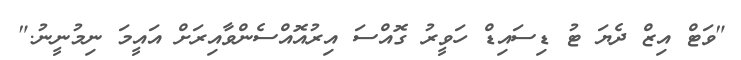
"ވަޓް އިޒް ދެޔަ ޓު ޑިސައިޑް ހަވީރު ގޮއްސަ އިރުއޮއްސެންވާއިރަށް އައީމަ ނިމުނީނު."